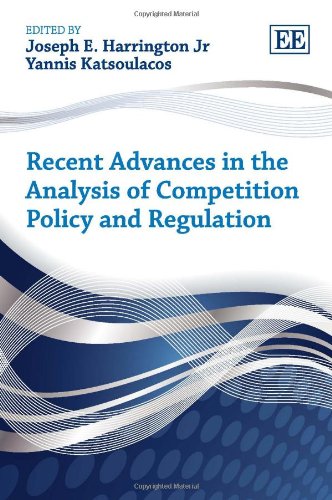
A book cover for Recent Advances in the Analysis of Competition Policy and Regulation; Joseph E. Harrington Jr.; Law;